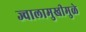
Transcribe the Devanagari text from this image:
ज्वालामुखीमुळे